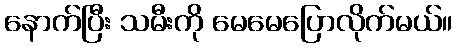
နောက်ပြီး သမီးကို မေမေပြောလိုက်မယ်။